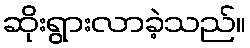
ဆိုးရွားလာခဲ့သည်။